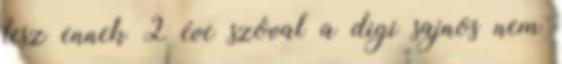
lesz ennek 2 éve szóval a digi sajnos nem